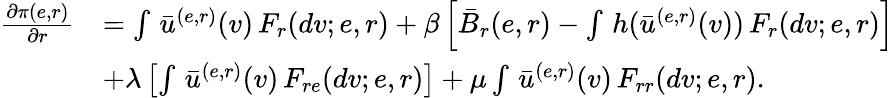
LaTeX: \begin{array}{rl}{\frac{\partial\pi(e,r)}{\partial r}}&{=\int\, \bar{u}^{(e,r)}(v)\, F_{r}(dv;e,r)+\beta\left[\bar{B}_{r}(e,r)-\int\, h(\bar{u}^{(e,r)}(v))\, F_{r}(dv;e,r)\right]}\\ &{+\lambda\left[\int\, \bar{u}^{(e,r)}(v)\, F_{re}(dv;e,r)\right]+\mu\int\, \bar{u}^{(e,r)}(v)\, F_{rr}(dv;e,r).}\end{array}